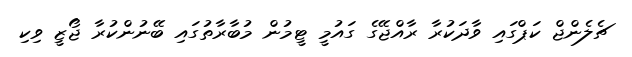
ޗެލެންޖް ކަޕްގައި ވާދަކުރާ ރާއްޖޭގެ ގައުމީ ޓީމުން މުބާރާތުގައި ބޭނުންކުރާ ޖޯޒީ ވިކި